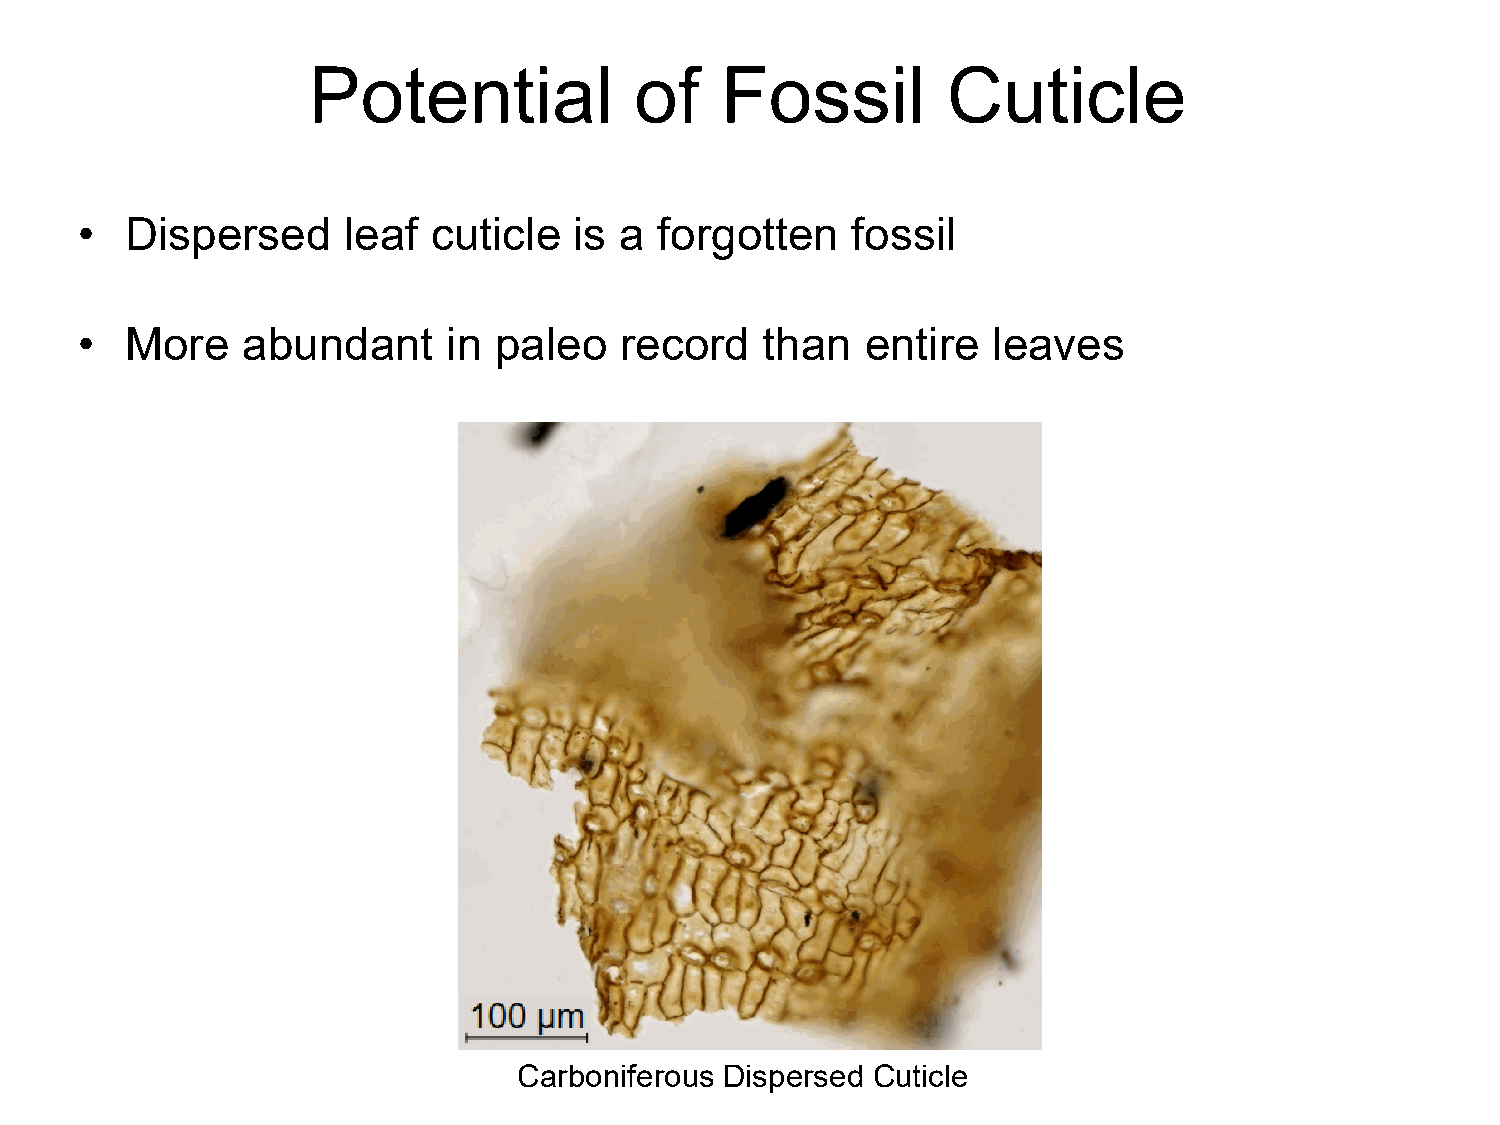
Potential             of    Fossil         Cuticle
 •  Dispersed      leaf  cuticle  is a  forgotten   fossil
 •  More    abundant      in paleo   record   than   entire   leaves
 Carboniferous Dispersed Cuticle